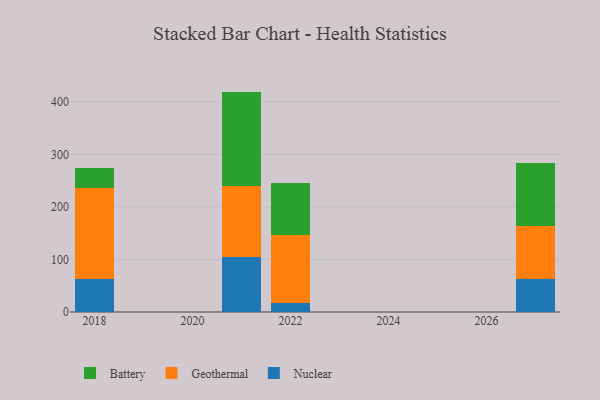
{"axis": {"x": "Year", "y": "Revenue (USD Million)"}, "legend": ["Battery", "Geothermal", "Nuclear"], "data": [{"x": "2022", "y": 17.2, "type": "Nuclear"}, {"x": "2022", "y": 128.8, "type": "Geothermal"}, {"x": "2022", "y": 99.3, "type": "Battery"}, {"x": "2021", "y": 105.6, "type": "Nuclear"}, {"x": "2021", "y": 134.5, "type": "Geothermal"}, {"x": "2021", "y": 179.6, "type": "Battery"}, {"x": "2027", "y": 63.8, "type": "Nuclear"}, {"x": "2027", "y": 99.5, "type": "Geothermal"}, {"x": "2027", "y": 121.1, "type": "Battery"}, {"x": "2018", "y": 62.2, "type": "Nuclear"}, {"x": "2018", "y": 173.0, "type": "Geothermal"}, {"x": "2018", "y": 39.4, "type": "Battery"}]}